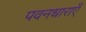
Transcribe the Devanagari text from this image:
पवनधाराएँ